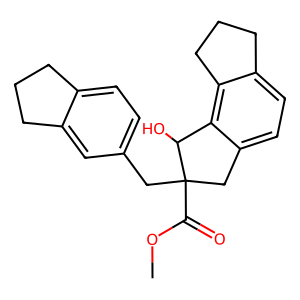
SMILES: COC(=O)C1(Cc2ccc3c(c2)CCC3)Cc2ccc3c(c2C1O)CCC3
Inhibits HIV replication: No